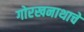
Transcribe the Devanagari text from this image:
गोरखनाथाचे